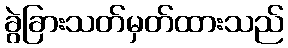
ခွဲခြားသတ်မှတ်ထားသည်